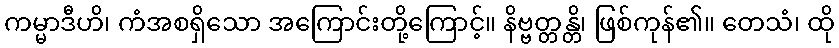
ကမ္မာဒီဟိ၊ ကံအစရှိသော အကြောင်းတို့ကြောင့်။ နိဗ္ဗတ္တန္တိ၊ ဖြစ်ကုန်၏။ တေသံ၊ ထို